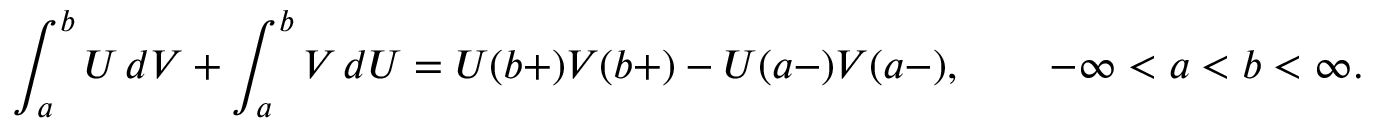
\int _ { a } ^ { b } U \, d V + \int _ { a } ^ { b } V \, d U = U ( b + ) V ( b + ) - U ( a - ) V ( a - ) , \qquad - \infty < a < b < \infty .